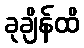
ခုချိန်ထိ